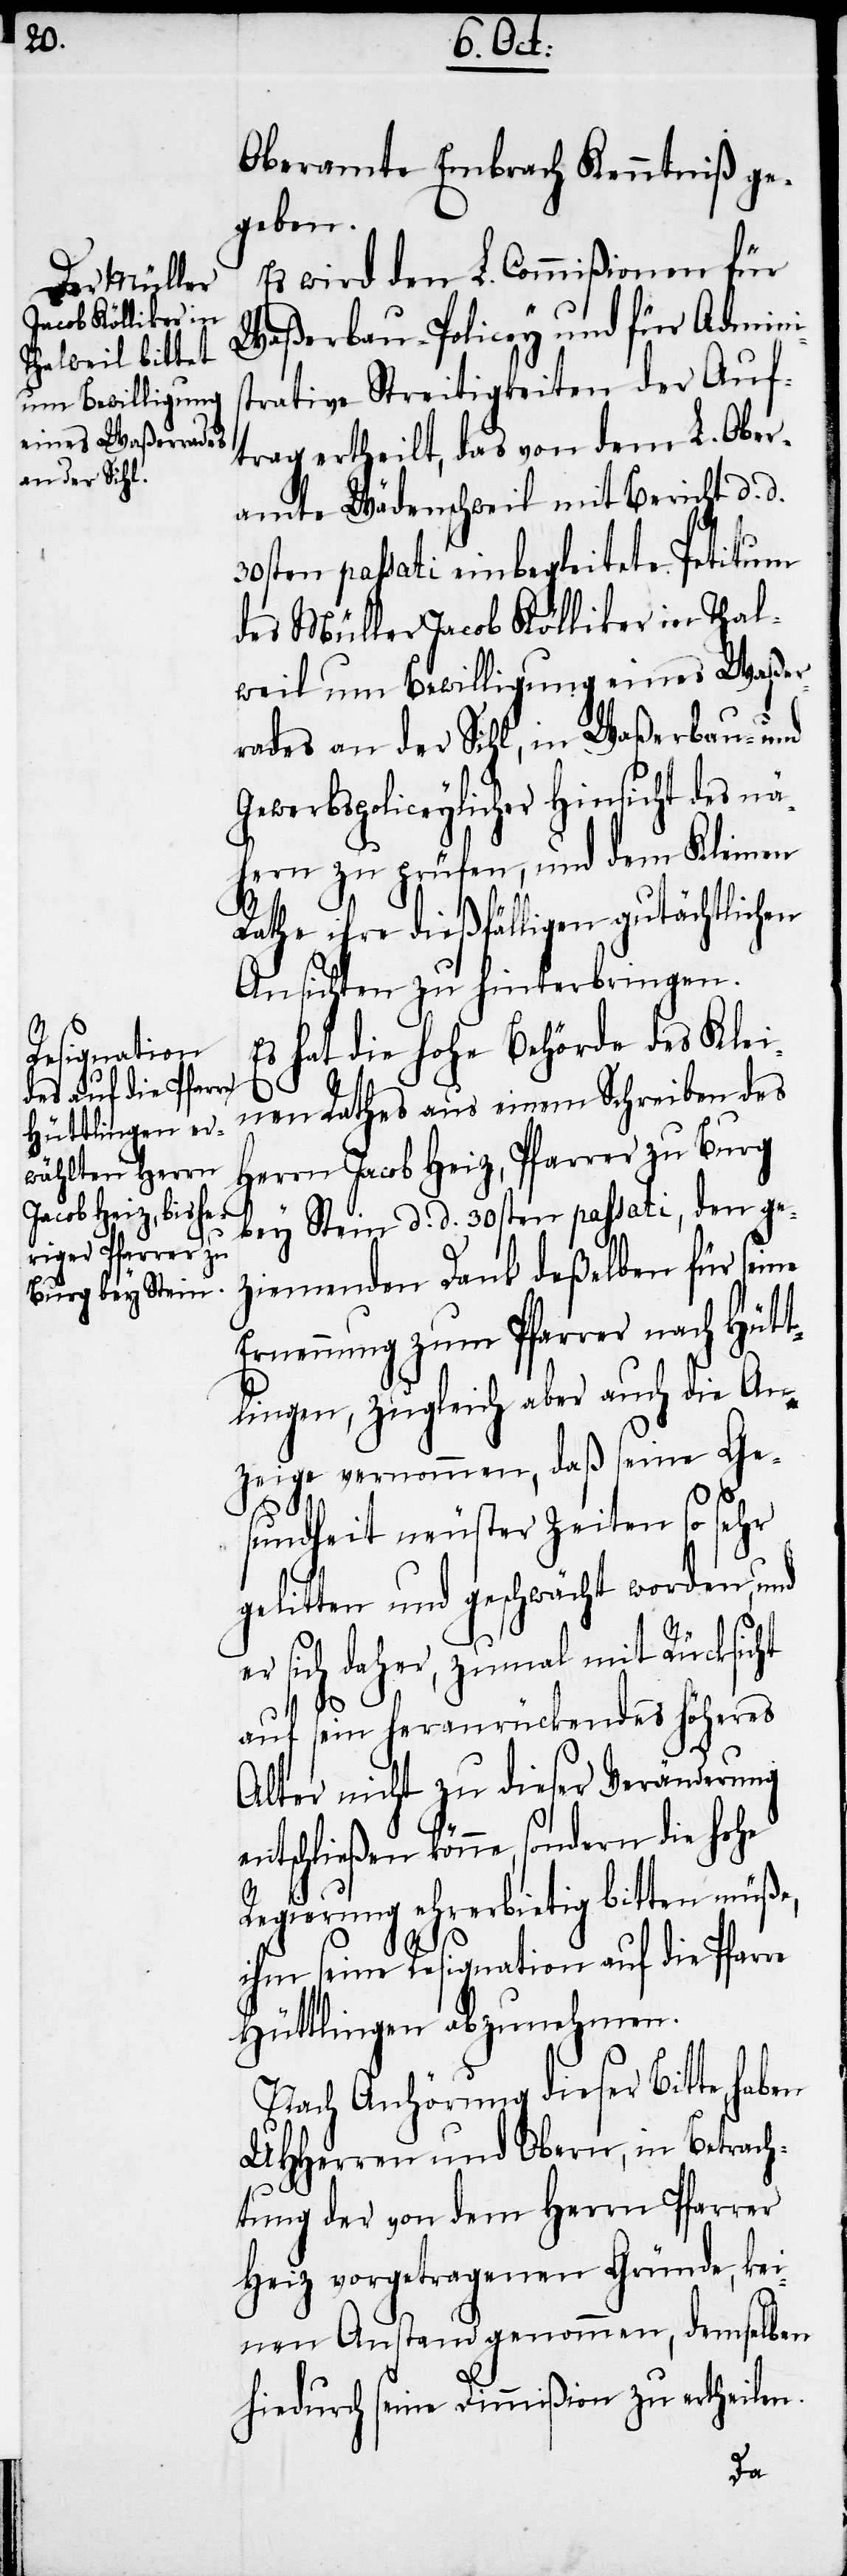
Oberamte Embrach Kenntniß ge¬
geben.
Es wird den L. Commißionen für
Waßerbau-Policey und für Adminis¬
trative Streitigkeiten der Auf¬
trag ertheilt, das von dem L. Ober¬
amte Wädenschweil mit Bericht d. d.
30sten passati einbegleitete Petitum
des Müller Jacob Kölliker in Thal¬
weil um Bewilligung eines Waßer¬
rades an der Sihl, in Waßerbau- und
Gewerbspoliceylicher Hinsicht des nä¬
hern zu prüfen, und dem Kleinen
Rathe ihre dießfälligen gutächtlichen
Ansichten zu hinterbringen.
Es hat die hohe Behörde des Klei¬
nen Rathes aus einem Schreiben des
Herrn Jacob Heiz, Pfarrer zu Burg
bey Stein d. d. 30sten passati, den ge¬
ziemenden Dank deßelben für seine
Ernennung zum Pfarrer nach Hüt¬
tlingen, zugleich aber auch die An¬
zeige vernommen, daß seine Ges¬
undheit neuester Zeiten so sehr
gelitten und geschwächt worden, und
er sich daher, zumal mit Rücksicht
auf sein heranrückendes höheres
Alter nicht zu dieser Veränderung
entschließen könne, sondern die hohe
Regierung ehrerbietig bitten müße,
ihm seine Resignation auf die Pfarre
Hüttlingen abzunehmen.
Nach Anhörung dieser Bitte,
UHHerren und Obern, in Betrach¬
tung der von dem Herrn Pfarrer
Heiz vorgetragenen Gründe, kei¬
nen Anstand genommen, demselben
hiedurch seine Dimmißion zu ertheilen.